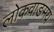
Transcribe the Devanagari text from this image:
लोकवाङमय